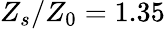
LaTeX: Z_{s}/Z_{0}=1.35